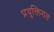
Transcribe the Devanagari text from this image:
प्रयुक्तिगत